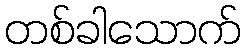
တစ်ခါသောက်